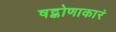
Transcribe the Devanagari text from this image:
षट्कोणाकारं